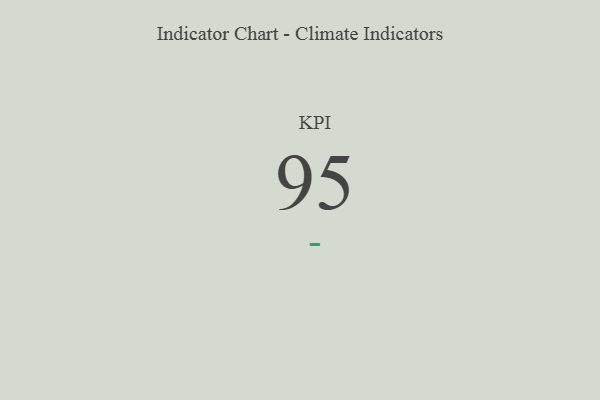
{"axis": {"x": "KPI", "y": "Value"}, "legend": [""], "data": [{"x": "KPI", "y": 95, "type": ""}]}